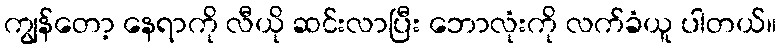
ကျွန်တော့ နေရာကို လီယို ဆင်းလာပြီး ဘောလုံးကို လက်ခံယူ ပါတယ်။